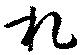
札